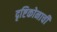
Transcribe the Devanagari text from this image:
दृष्टिकोनाची